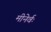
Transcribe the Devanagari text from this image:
मीनेर्वः